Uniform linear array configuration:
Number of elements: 4
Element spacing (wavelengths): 0.5
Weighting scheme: hamming
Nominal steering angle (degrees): -30
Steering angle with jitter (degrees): -29.383
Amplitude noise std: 0.05
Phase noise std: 0.05

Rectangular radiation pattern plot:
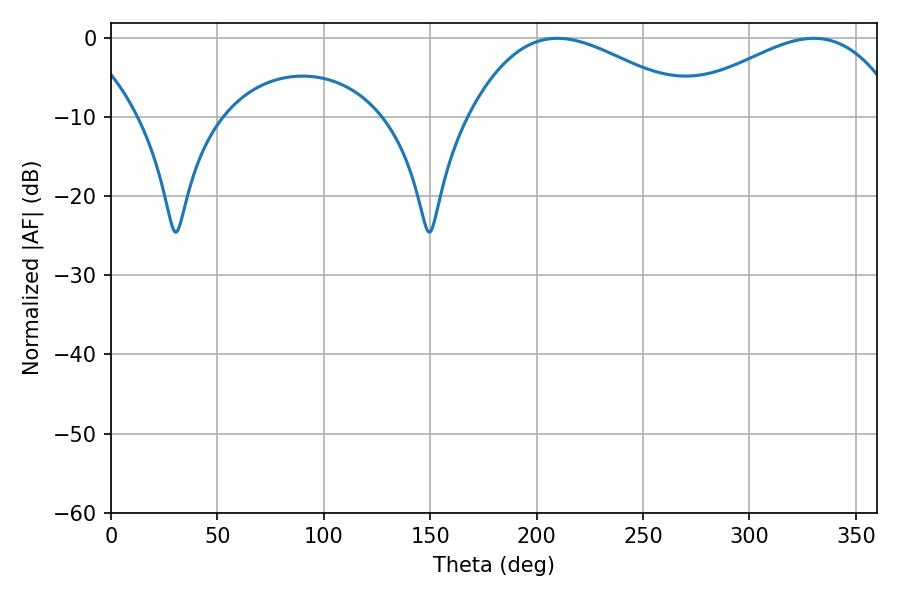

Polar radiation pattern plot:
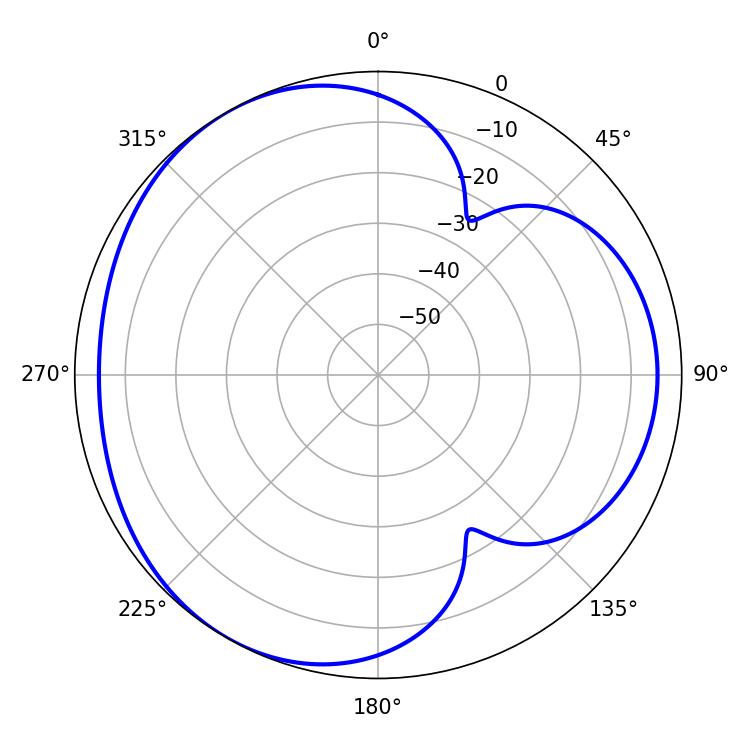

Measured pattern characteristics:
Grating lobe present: FALSE
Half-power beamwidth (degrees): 58.5
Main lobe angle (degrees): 209.7